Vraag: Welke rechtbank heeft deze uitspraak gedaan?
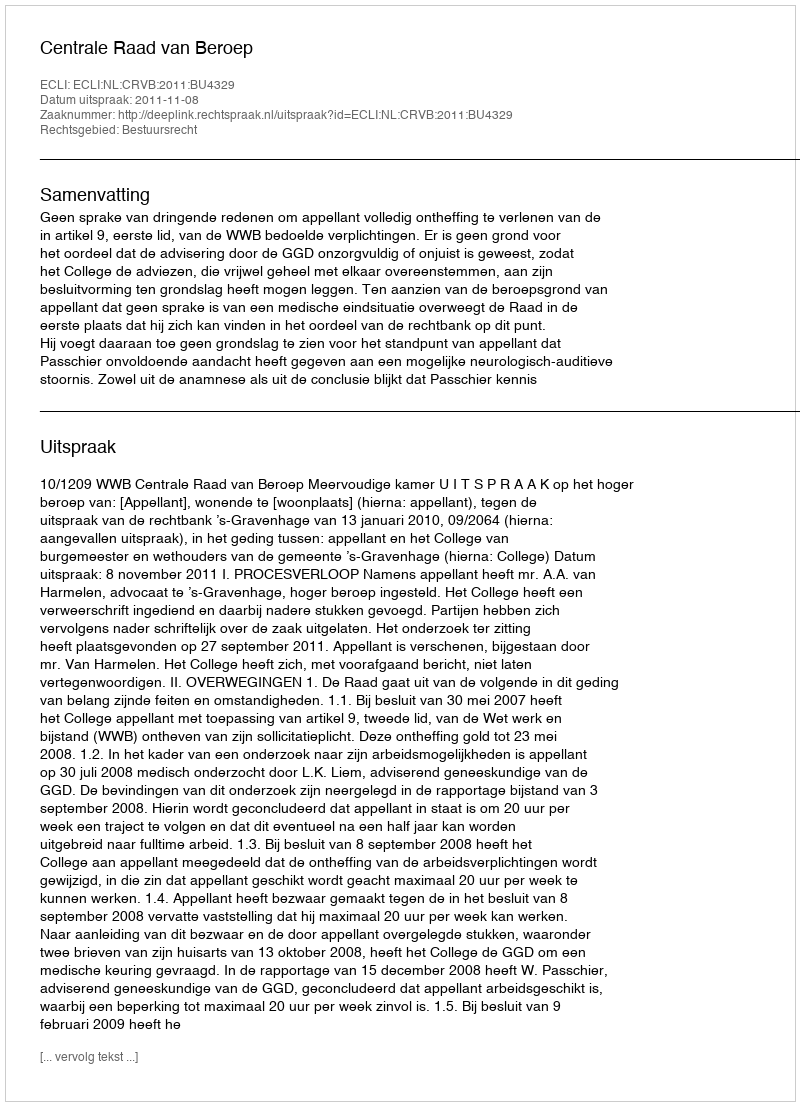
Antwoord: Centrale Raad van Beroep